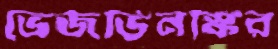
ভেজভিনস্কির